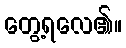
တွေ့ရလေ၏။